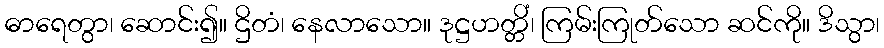
ဓာရေတွာ၊ ဆောင်း၍။ ဌိတံ၊ နေလာသော။ ဒုဋ္ဌဟတ္တိံ၊ ကြမ်းကြုတ်သော ဆင်ကို။ ဒိသွာ၊